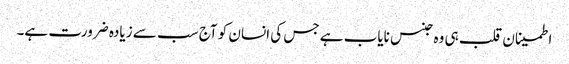
اطمینان قلب ہی وہ جنس نایاب ہے جس کی انسان کو آج سب سے زیادہ ضرورت ہے۔